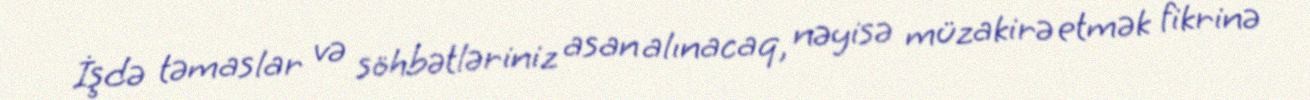
İşdə təmaslar və söhbətləriniz asan alınacaq, nəyisə müzakirə etmək fikrinə